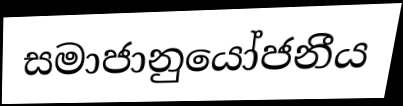
සමාජානුයෝජනීය